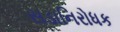
સડાનિરોધક